Plague in India, 1896, 1897 - Volume 3
Year: 1896
Disease focus: Plague
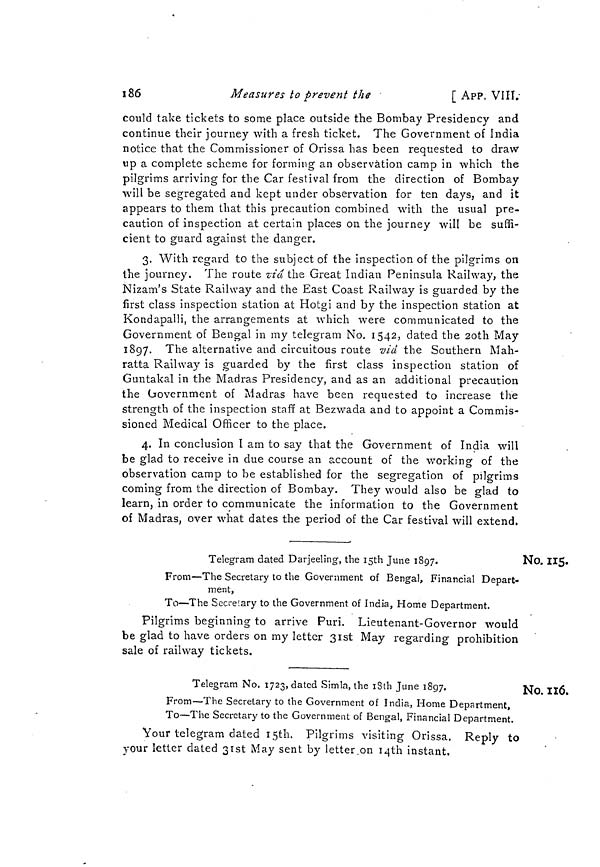
i86
Measures to prevent
the
[ APP. VIII.
could take tickets to some place outside the Bombay Presidency and
continue their journey with a fresh ticket. The Government of India
notice that the Commissioner of Orissa has been requested to draw
up a complete scheme for forming an observation camp in which the
pilgrims arriving for the Car festival from the direction of Bombay
will be segregated and kept under observation for ten days, and it
appears to them that this precaution combined with the usual pre-
caution of inspection at certain places on the journey will be suffi-
cient to guard against the danger.
3. With regard to the subject of the inspection of the pilgrims on
the journey. The route via the Great Indian Peninsula Railway, the
Nizam's State Railway and the East Coast Railway is guarded by the
first class inspection station at Hotgi and by the inspection station at
Kondapalli, the arrangements at which were communicated to the
Government of Bengal in my telegram No. 1542, dated the 20th May
1897. The alternative and circuitous route -via the Southern Mah-
ratta Railway is guarded by the first class inspection station of
Guntakal in the Madras Presidency, and as an additional precaution
the Government of Madras have been requested to increase the
strength of the inspection staff at Bezwada and to appoint a Commis-
sioned Medical Officer to the place.
4. In conclusion I am to say that the Government of India will
be glad to receive in due course an account of the working of the
observation camp to be established for the segregation of pilgrims
coming from the direction of Bombay. They would also be glad to
learn, in order to communicate the information to the Government
of Madras, over what dates the period of the Car festival will extend.
No. 115.
Telegram dated Darjeeling, the I5th June 1897.
From—The Secretary to the Government of Bengal, Financial Depart-
ment,
To—The Secreiary to the Government of India, Home Department.
Pilgrims beginning to arrive Puri. Lieutenant-Governor would
be glad to have orders on my letter 31st May regarding prohibition
sale of railway tickets.
No. 116
Telegram No. 1723, dated Simla, the 18th June 1897.
From—The Secretary to the Government of India, Home Department,
To—The Secretary to the Government of Bengal, Financial Department.
Your telegram dated 15th. Pilgrims visiting Orissa. Reply to
your letter dated 31st May sent by letter.on 14th instant.